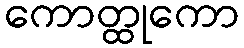
ကောတ္ထုကော